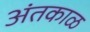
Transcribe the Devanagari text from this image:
अंतकाळ